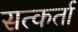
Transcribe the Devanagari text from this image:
सत्कर्ता